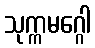
သုက္ကမဂ္ဂေါ